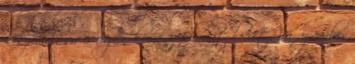
kiszámolása is igen kemény feladat lehet, ha az ember